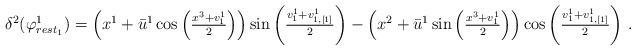
LaTeX: \begin{align*}\delta^{2}(\varphi_{rest_{1}}^{1})=\left(x^{1}+\bar{u}^{1}\cos\left(\tfrac{x^{3}+v_{1}^{1}}{2}\right)\right)\sin\left(\tfrac{v_{1}^{1}+v_{1,[1]}^{1}}{2}\right)-\left(x^{2}+\bar{u}^{1}\sin\left(\tfrac{x^{3}+v_{1}^{1}}{2}\right)\right)\cos\left(\tfrac{v_{1}^{1}+v_{1,[1]}^{1}}{2}\right)\,.\end{align*}